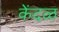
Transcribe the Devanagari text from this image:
केंदळ